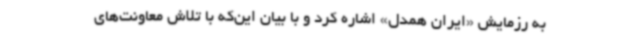
به رزمایش «ایران همدل» اشاره کرد و با بیان این‌که با تلاش معاونت‌های